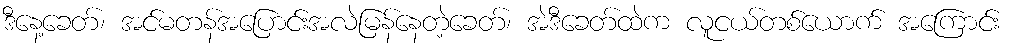
ဒီနေ့ခေတ်၊ အင်မတန်အပြောင်းအလဲမြန်နေတဲ့ခေတ်၊ အဲဒီခေတ်ထဲက လူငယ်တစ်ယောက် အကြောင်း